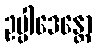
ဥပ္ပါဒေန္တော